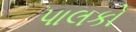
પાલકો